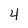
Character: 4